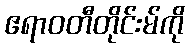
ဧရာဝတီတိုင်းမ်ကို